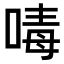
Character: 𠷮